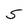
Character: 5